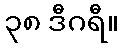
၃၈ ဒီဂရီ။